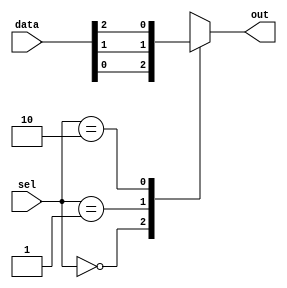
module mux_64to1 (
    input [63:0] data,
    input [5:0] sel,
    output reg out
);

always @*
begin
    case(sel)
        6'b000000: out = data[0];
        6'b000001: out = data[1];
        6'b000010: out = data[2];
        // Add cases for all 64 input data lines
        // Example: 6'b111111: out = data[63];
        
        default: out = 1'bx; // Default output value when select lines do not match any case
    endcase
end

endmodule